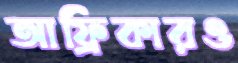
আফ্রিকারও